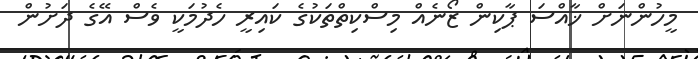
މީހުންނަށް ޚާއްސަ ޕާކިން ޒޯނެއް މިސްކިތްތަކުގެ ކައިރީ ހެދުމަކީ ވެސް އޭގެ ދަށުން